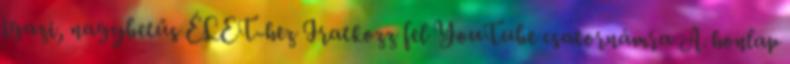
igazi, nagybetűs ÉLET-hez Iratkozz fel YouTube csatornámra A honlap